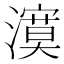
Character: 𭳉